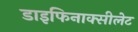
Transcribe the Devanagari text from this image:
डाइफिनाक्सीलेट